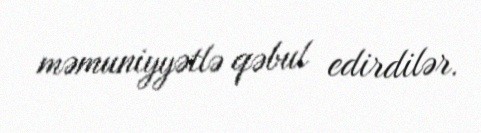
məmuniyyətlə qəbul edirdilər.